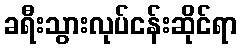
ခရီးသွားလုပ်ငန်းဆိုင်ရာ